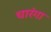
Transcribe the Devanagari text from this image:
चारंगा